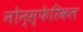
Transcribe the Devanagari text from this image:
नोन्स्फेरिकल